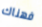
فهناك